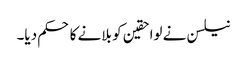
نیلسن نے لواحقین کو بلانے کا حکم دیا۔